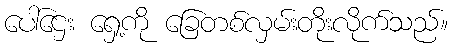
ပေါ်ဌေး ရှေ့ကို ခြေတစ်လှမ်းတိုးလိုက်သည်။